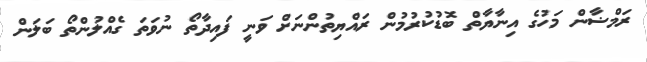
ރަމްޟާން މަހުގެ އިނާޔާތް ބޮޑުކުރުމުން ރައްޔިތުންނަށް ވަނީ ފައިދާތޯ ނުވަތަ ގެއްލުންތޯ ބަލަން